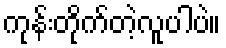
ကုန်းတိုက်တဲ့လူပါပဲ။